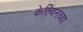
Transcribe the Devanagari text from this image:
केल्विनच्या